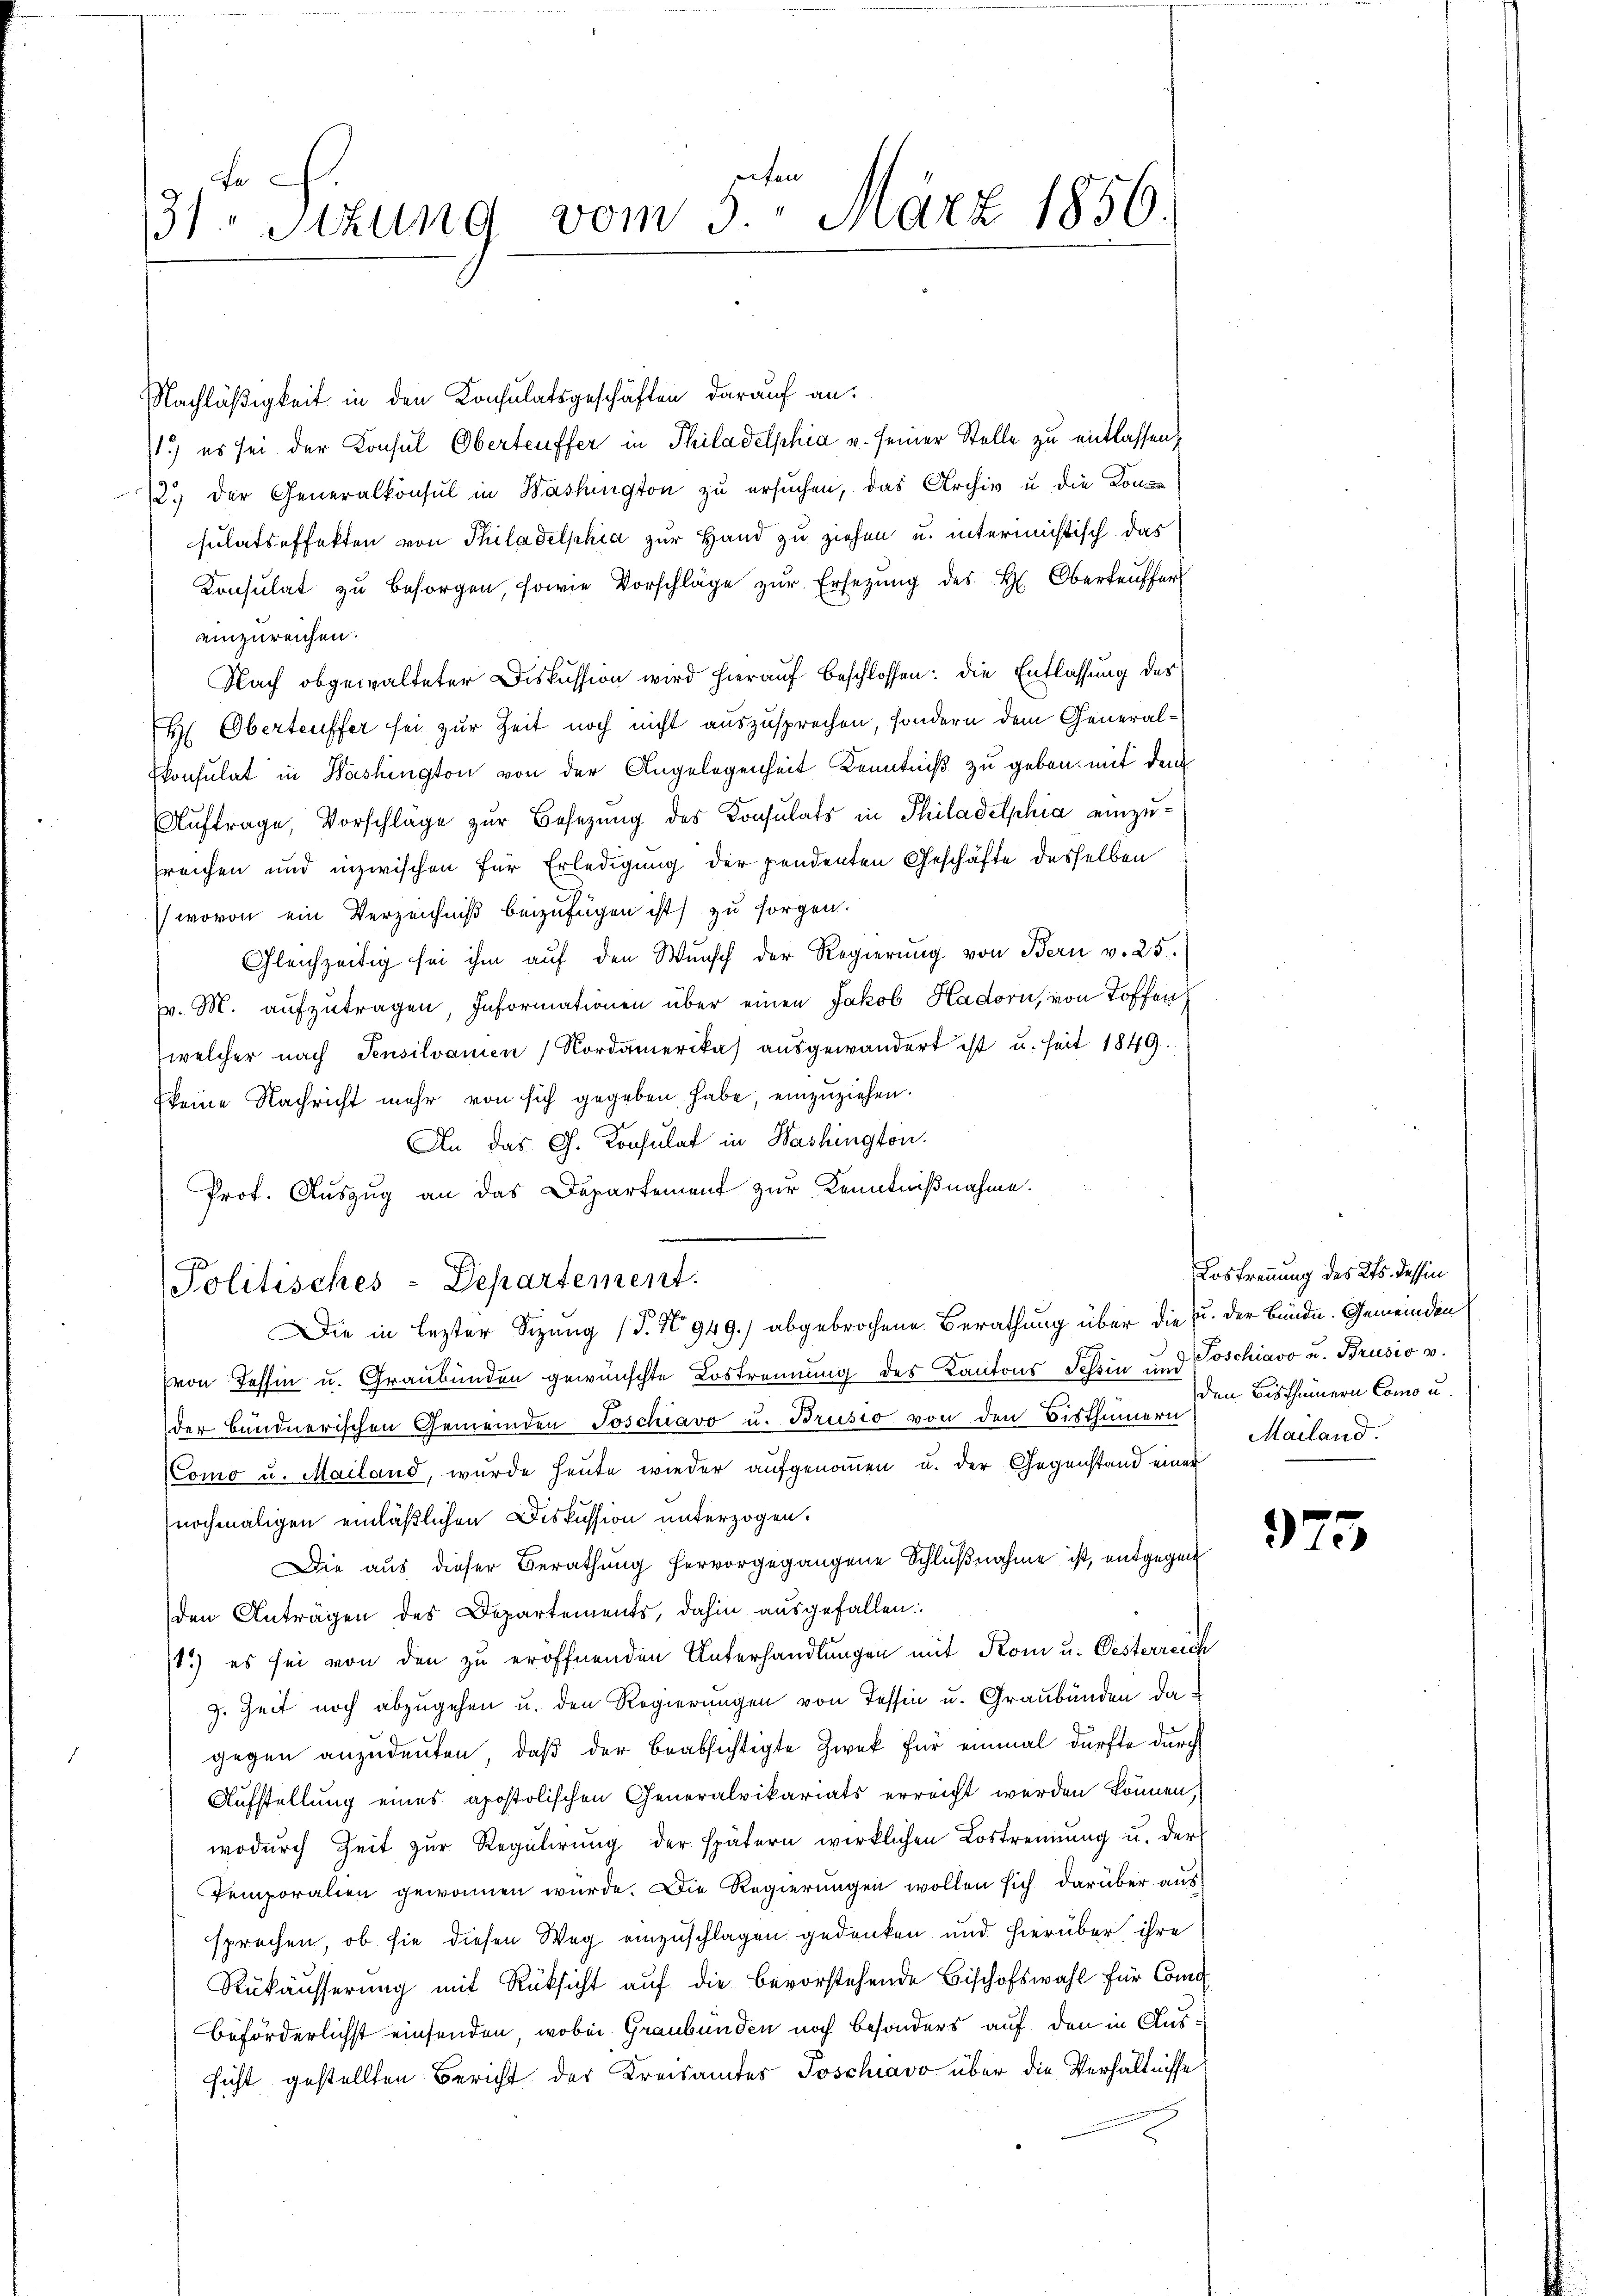
e
31 Stzung vom 3. März 1856.

Nachläßigkeit in den Konsulatsgeschäften darauf an:
1.) es sei der Konsul Oberteuffer in Philadelphia u. seiner Stelle zu entlassen,
2.) Der Generalkonsul in Washington zu ersuchen, das Archiv u. die Konzesulatseffekten von Philadelphia zur Hand zu ziehen u. interimistisch das
Konsulat zŭ besorgen, sowie Vorschläge zŭr Ersetzŭng des H. Oberkaŭfer
einzureichen.
Nach obgewalteter Diskussion wird hierauf beschlossen: die Entlassung des
H. Oberteuffer sei zur Zeit noch nicht auszusprechen, sondern dem Generalkonsulat in Washington von der Angelegenheit Kenntniß zu geben, mit dem
Aŭftrage, Vorschläge zŭr Besetzŭng des Consulats in Philadelphia einzu-
sreichen und inzwischen für Erledigung der pendenten Geschäfte desselben
wovon ein Verzeichniß beizufügen ist) zu sorgen.
Gleichzeitig sei ihm auf den Wunsch der Regierung von Bern v. 25.
(v. M. aufzutragen, Informationen über einen Jakob Hadorn, von Toffen
welcher nach Pensilvanien Nordamerika) ausgewandert ist u. seit 1849.
(keine Nachricht mehr von sich gegeben habe, einzuziehen.
An das G. Konsulat in Washington.
Prof. Auszug an das Departement zur Kenntnißnahme.

Politisches-Departement.
Die in lezter Sitzung (T. No 949.) abgebrochene Berathung über die u. der Bunde. Gemeinden

von Tessin u. Graubünden gewünschte Lostrennung des Kantons Schin und Poschiavo u. Brusio v.
der bundnerischen Gemeinden Joschiavo u. Brusio von den Bisthümern
Como u. Mailand, wurde heute wieder aufgenommen u. der Gegenstand einer
nochmaligen einläßlichen Diskussion unterzogen.
Die aus dieser Berathung hervorgegangene Schlŭβnahme ist, entgegen
den Anträgen des Departements, dahin ausgefallen:
1.) es sei von den zu eröffnenden Unterhandlungen mit Rom u. Oesterreich
z. Zeit noch abzugehen u. den Regierungen von Tessin u. Graubünden dagegen anzudeuten, daß der beabsichtigte Zwek für einmal dürfte durch
Aufstellung eines apostolischen Generalvikariats erreicht werden können,
wodurch Zeit zur Regulirung der spätern wirklichen Lostrennung u. der
Temporalien gewonnen wurde. Die Regierungen wollen sich darüber aus
sprechen, ob sie diesen Weg einzuschlagen gedenken und hierüber ihre
Rükäusserung mit Rüksicht auf die bevorstehende Bischofswahl für Concl.
beförderlichst einsenden, wobei Graubünden noch besonders auf den in Aussicht gestellten Bericht der Kreisamtes Poschiavo über die Verhältnisse

Lostrennung des Kts. dessin
den Bisthümern Como u.
Mailand.

975